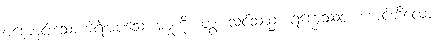
မကောင်းသောကဲ့ရဲ့အပ်သောအမှုကို။ တွံ၊ သင်သည်။ ရက္ခေဿဝ၊ စောင့်ဘိလော့။